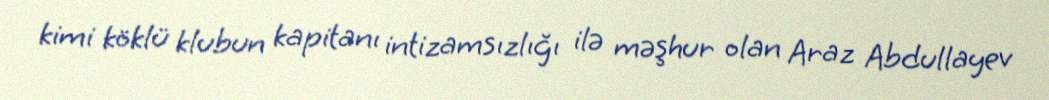
kimi köklü klubun kapitanı intizamsızlığı ilə məşhur olan Araz Abdullayev